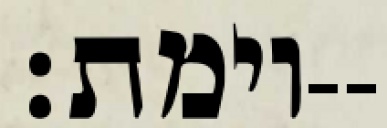
וימת׃--